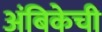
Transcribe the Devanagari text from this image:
अंबिकेची